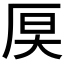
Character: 𪠊